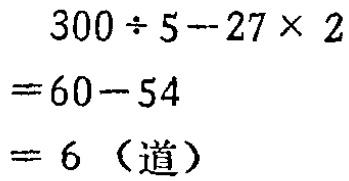
\[
\begin{align*}
&300\div5 - 27\times2\\
=&60 - 54\\
=&6 \text{（道）}
\end{align*}
\]